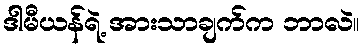
ဒါမီယန်ရဲ့ အားသာချက်က ဘာလဲ။